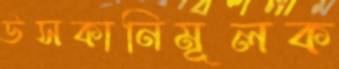
উসকানিমূলক